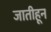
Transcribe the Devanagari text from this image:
जातीहून